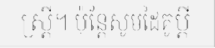
ស្ត្រី។ ប៉ុន្តែសូមដៃគូប្តី